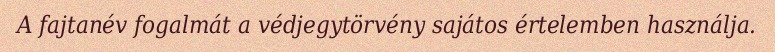
A fajtanév fogalmát a védjegytörvény sajátos értelemben használja.